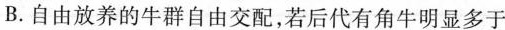
B.自由放养的牛群自由交配，若后代有角牛明显多于